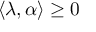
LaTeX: \langle \lambda , \alpha \rangle \geq 0